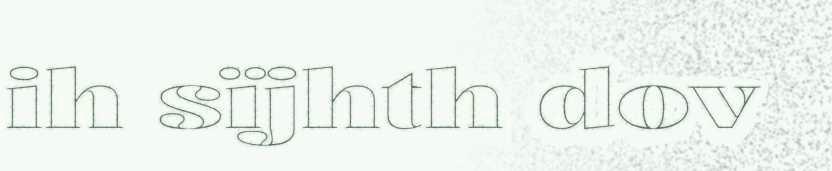
ih sïjhth dov